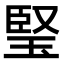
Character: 𤦁